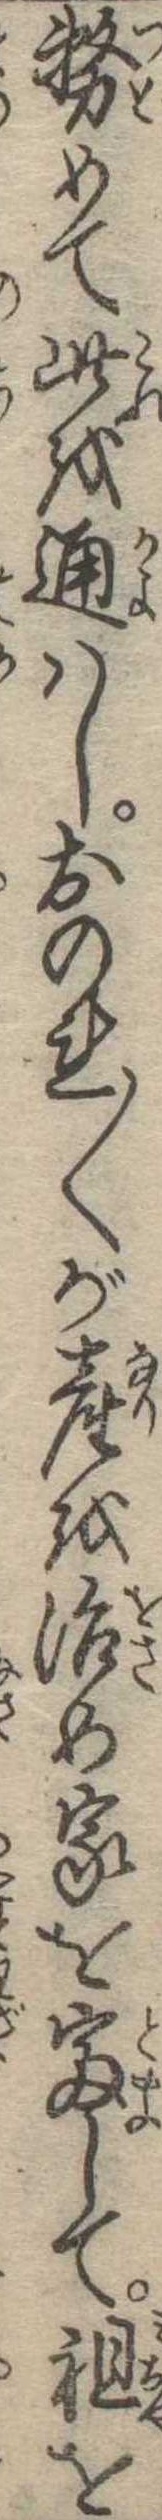
務めて此を通はしおのれ〱が産を治め家を富して祖を